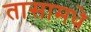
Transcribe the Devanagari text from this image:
तासामधे